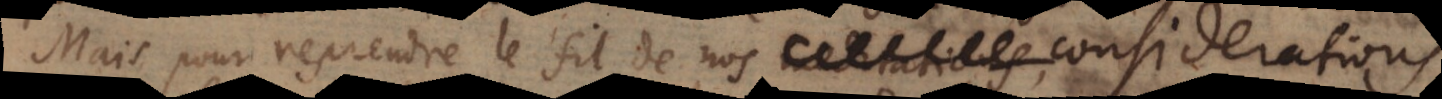
Mais pour reprendre le fil de nos meditations,